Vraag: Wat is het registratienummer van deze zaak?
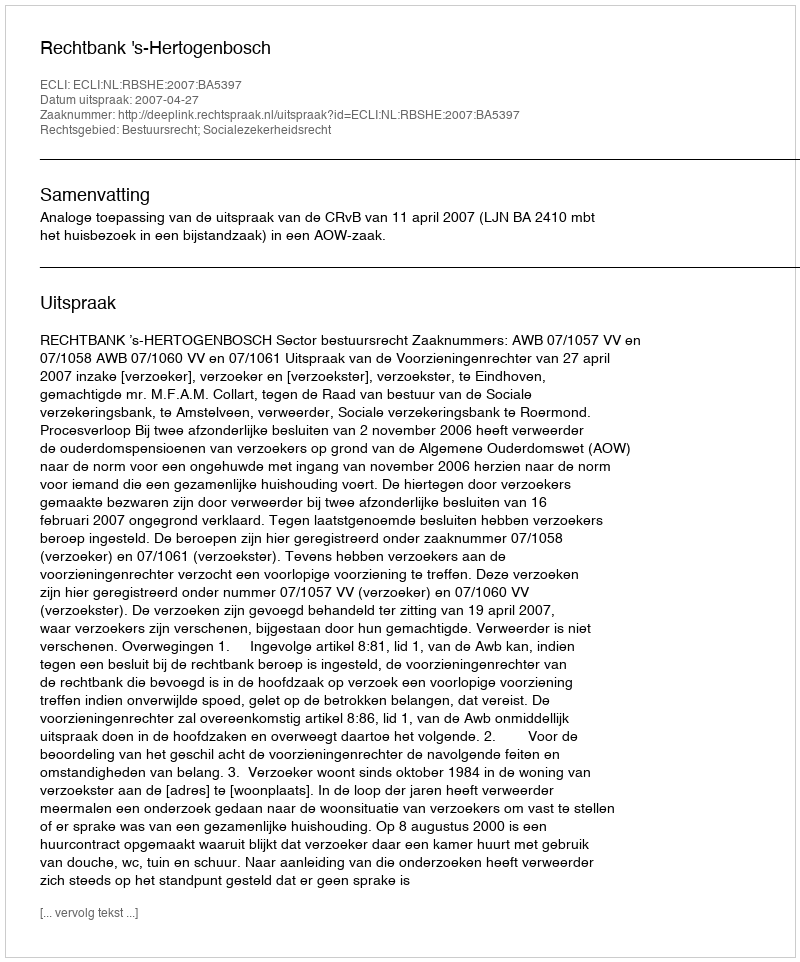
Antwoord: http://deeplink.rechtspraak.nl/uitspraak?id=ECLI:NL:RBSHE:2007:BA5397